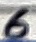
Text: 6